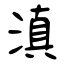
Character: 滇